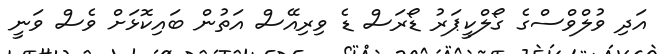
އަދި ވުލްވްސްގެ ގޯލްކީޕަރު ޑޯރަސް ޑެ ވިރިއޭސް އަތުން ބައިކޮޅަށް ވެސް ވަނީ